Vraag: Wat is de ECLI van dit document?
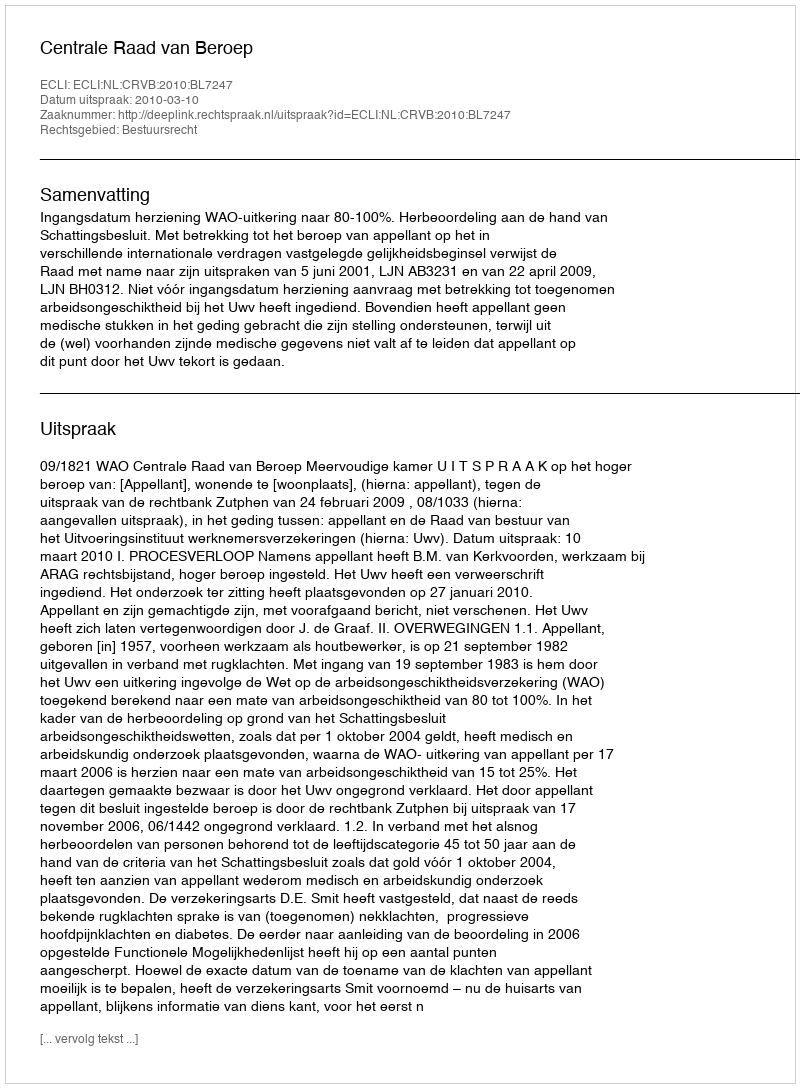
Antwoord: ECLI:NL:CRVB:2010:BL7247